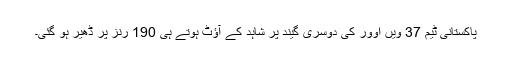
پاکستانی ٹیم 37 ویں اوور کی دوسری گیند پر شاہد کے آؤٹ ہوتے ہی 190 رنز پر ڈھیر ہو گئی۔